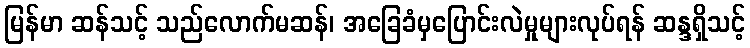
မြန်မာ ဆန်သင့် သည်လောက်မဆန်၊ အခြေခံမှပြောင်းလဲမှုများလုပ်ရန် ဆန္ဒရှိသင့်